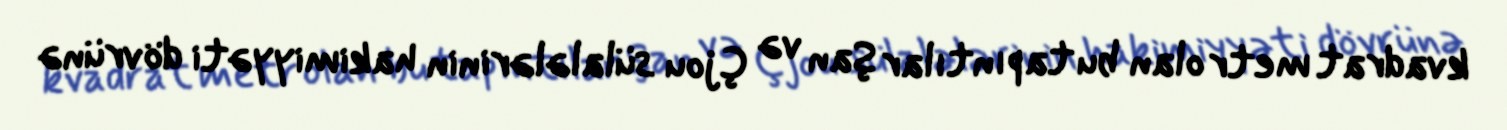
kvadrat metr olan bu tapıntılar Şan və Çjou sülalələrinin hakimiyyəti dövrünə